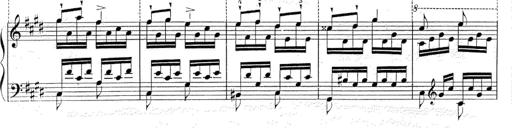
Title: Le rossignol
Composer: Franz Liszt